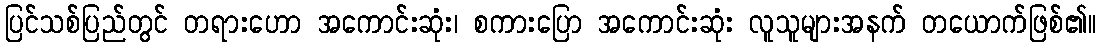
ပြင်သစ်ပြည်တွင် တရားဟော အကောင်းဆုံး၊ စကားပြော အကောင်းဆုံး လူသူများအနက် တယောက်ဖြစ်၏။